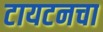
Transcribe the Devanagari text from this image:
टायटनचा